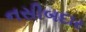
નસીબદાર